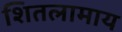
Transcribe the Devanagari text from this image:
शितलामाय